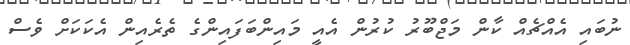
ނުބައި އެއްޗެއް ކާން މަޖްބޫރު ކުރުން އެއީ މައިންބަފައިންގެ ތެރެއިން އެކަކަށް ވެސް